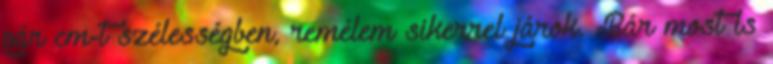
pár cm-t szélességben, remélem sikerrel járok. Bár most is